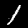
Digit: 1